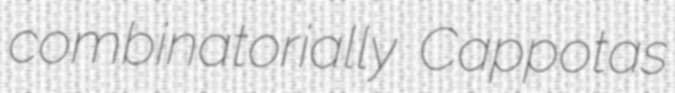
combinatorially Cappotas